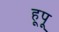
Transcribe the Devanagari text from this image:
हूपू